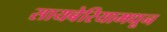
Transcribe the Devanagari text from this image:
सायबेरियामधून